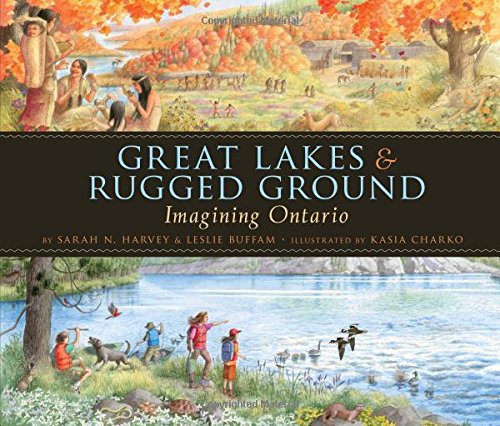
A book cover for Great Lakes & Rugged Ground: Imagining Ontario; Sarah N. Harvey; Children's Books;